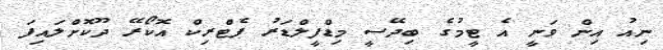
ނިއު އިން ވަނީ އެ ޓީމުގެ ބިދޭސީ މިޑްފީލްޑަރު ޕެޓްރިކް އޮކޯރޭ ދޫކޮށްލައިފަ